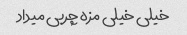
خیلی خیلی مزه چربی میداد